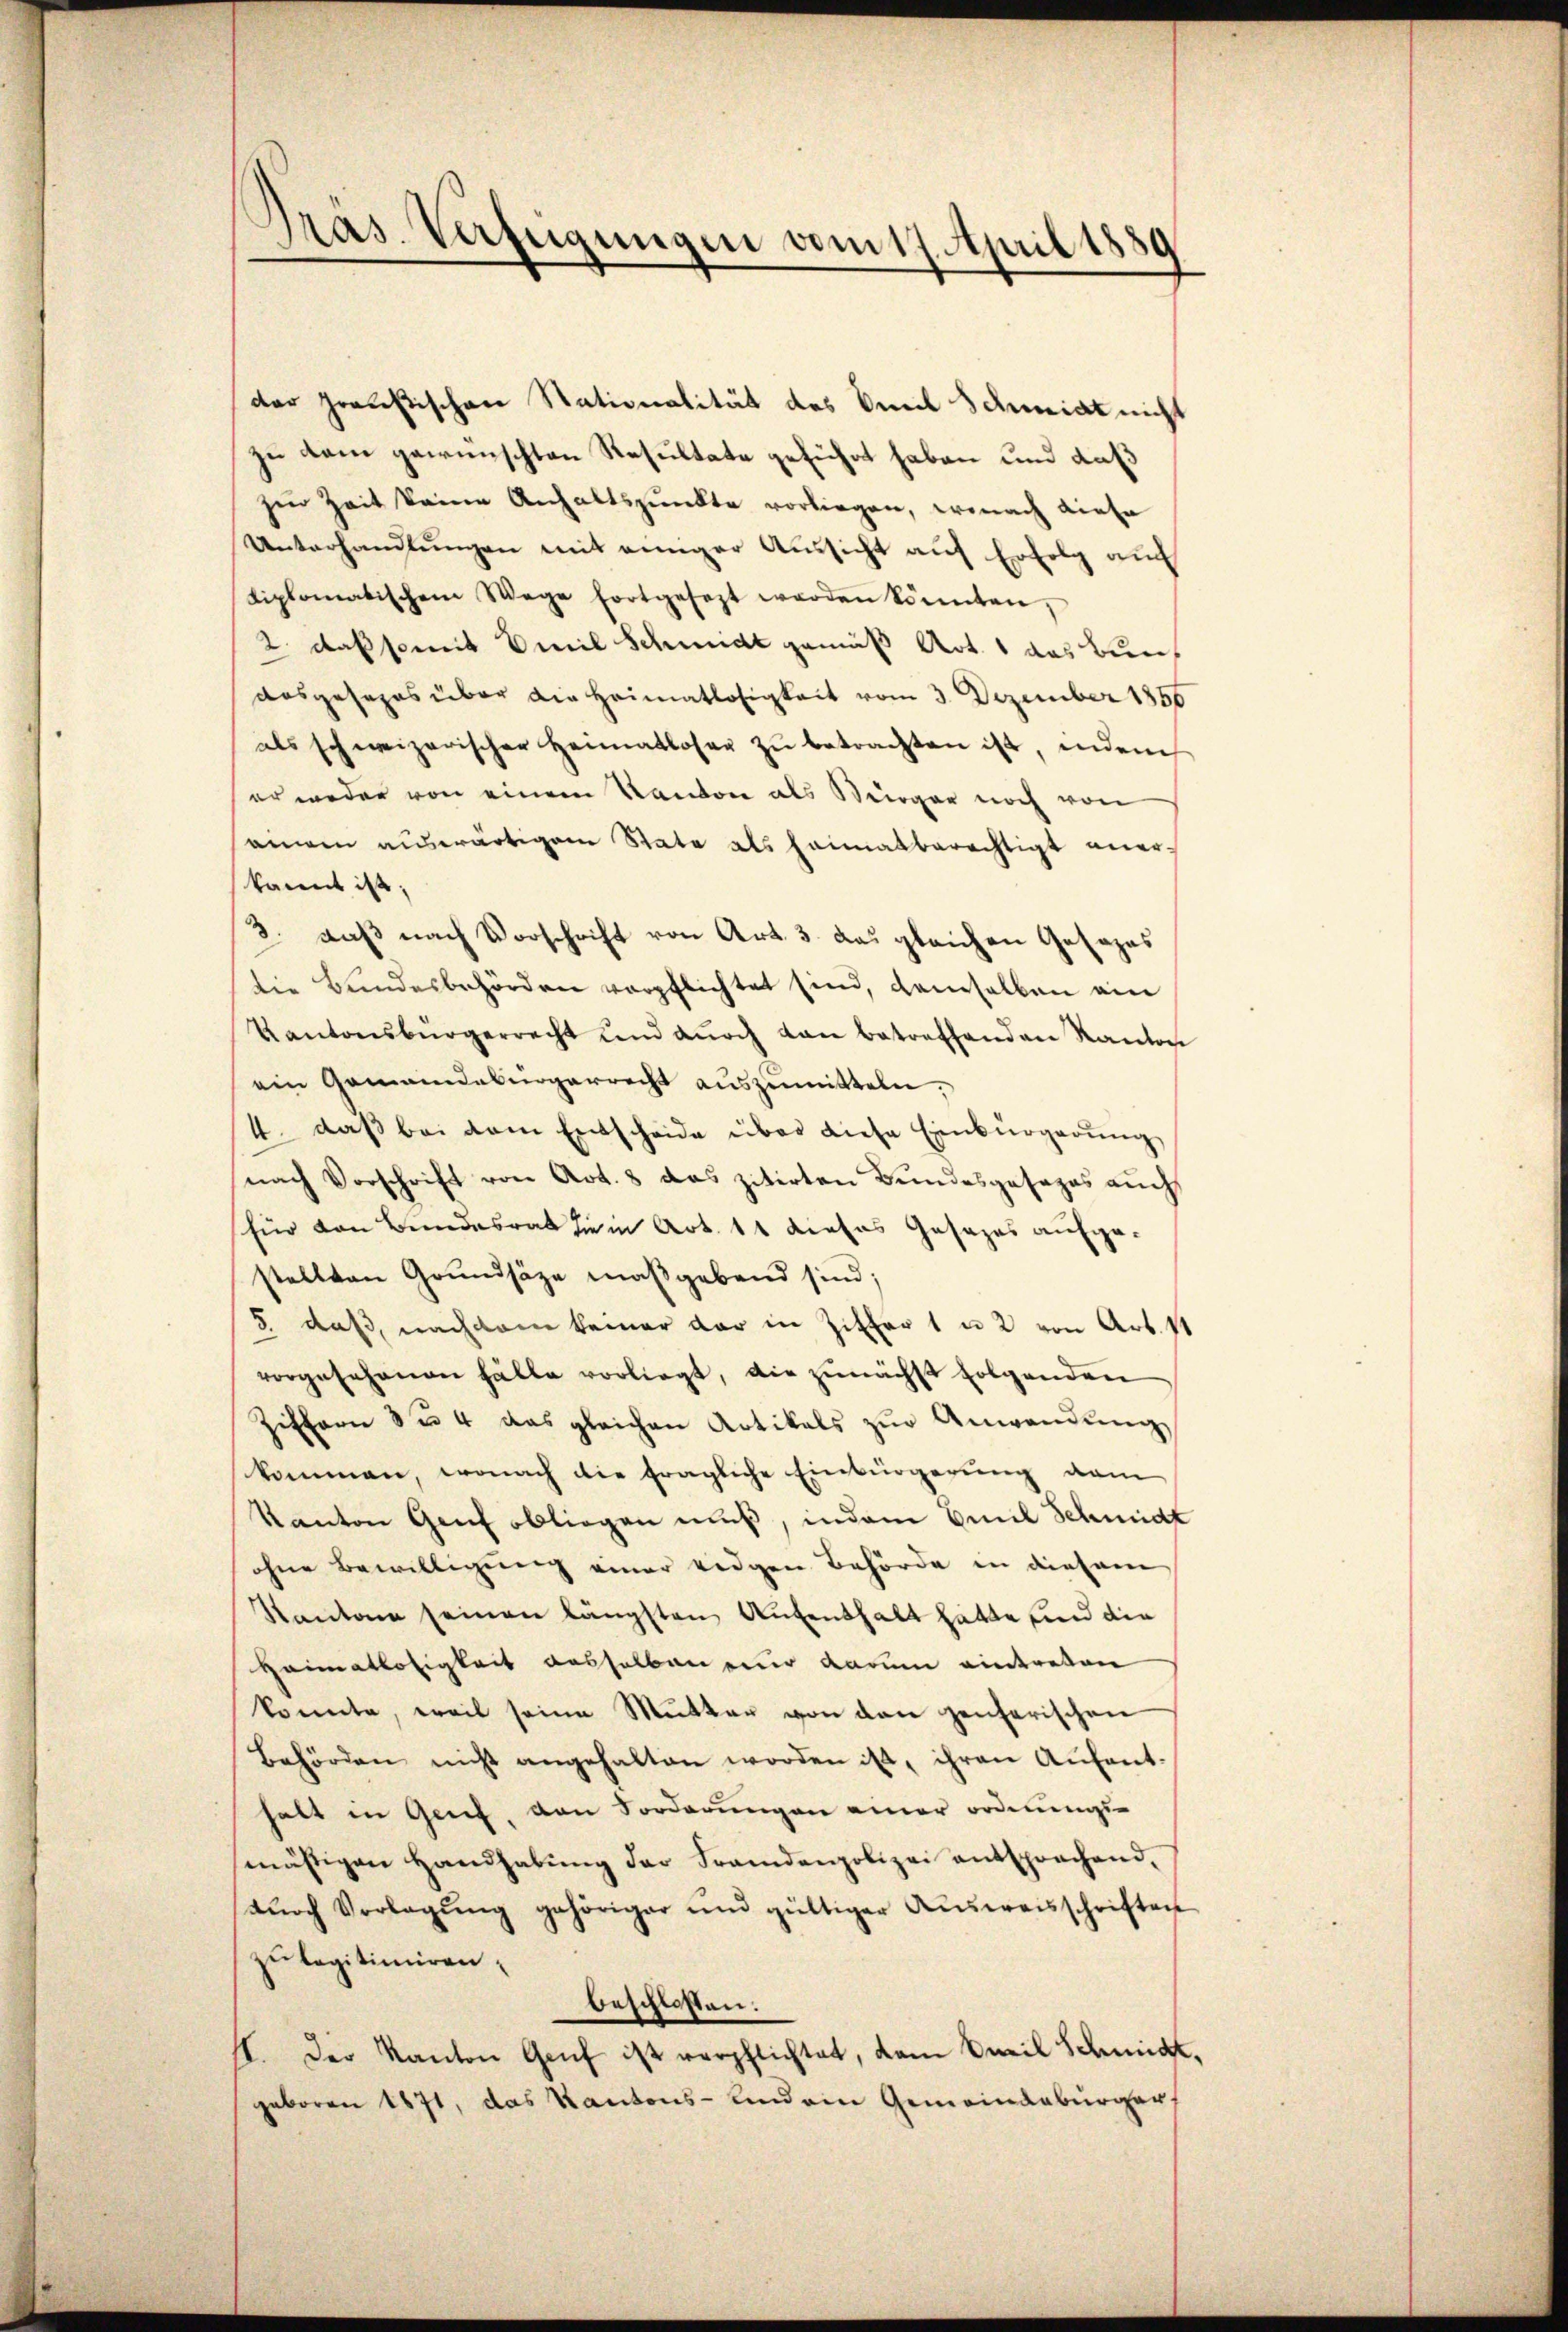
Pras. Verfügungen vom 17. April 1889

der preußischen Stationalität des Oneil Schmidt nicht
zu dem gewünschten Resultate geführt haben und daß
sen Zeit keine Anhaltspunkte vorliegen, wonach diese
Unterhandlŭngen mit einiger Aussicht auf Erfolg auch
liplomatischem Wege fortgesezt werden könnten,
2 daß somit Emil Schmidt gemäß Art. 1 das Bundosgesezes über die Heimatlosigkeit vom 3. Dezember 1856
als schweizerischer Heimatloser zŭ betrachten ist, indem
er weder von einem Kanton als Bürger noch von
ainen auswärtigem State als heimatberechtigt anerkannt ist;
3. daß nach Vorschrift von Art. 3. das gleichen Gesezes
die Bundesbehörden verpflichtet sind, demselben ein
Kantonsbürgerrecht und dŭrch von betreffenden Kanton
ein Gemeindebürgerrecht auszumitteln,
4. daβ bei dem Entscheide über diese Einbürgerung
nach Vorschrift von Art. 8 das zitirten Bundesgesezes auch
für den Bundesrat die in Art. 11 dieses Gesages aufgestellten Grundsätze maßgebend sind;
3. daß, nachdem keiner dar in Ziffer 1 u 2 von Art. 11
vorgesehenen Fälle vorliegt, die zunächst folgenden
Ziffern 3 u. 4 das gleichen Artikals zŭr Anwendŭng
kommen, wonach die fragliche Einbürgerung vom
Kanton Genf obliegen muß, indem Emil Schmidt
ohne Bewilligung einer redigen Behörde in diesem
Kanton seinen längsten Aufenthalt hatte und die
Heimatlosigkeit desselben eine darum eintreten
konnte, weil seine Mutter von den zenferischen
behörden nicht angehalten worden ist, ihren Aŭfent-
halt in Genf, von Sorderungen einer ordnungs-
mässigen Handhabung der Fremdenpolizei entsprochend,
tŭrch Vorlegŭng gehöriger und gültiger Aŭsweisschriften
zu legitimiren.
beschlossen:
II. Der Kanton Genf ist verpflichtet, dan weil Schmid,
geboren 1871, das Kantons- und ein Gemeindebürger